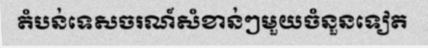
តំបន់ទេសចរណ៍សំខាន់ៗមួយចំនួនទៀត